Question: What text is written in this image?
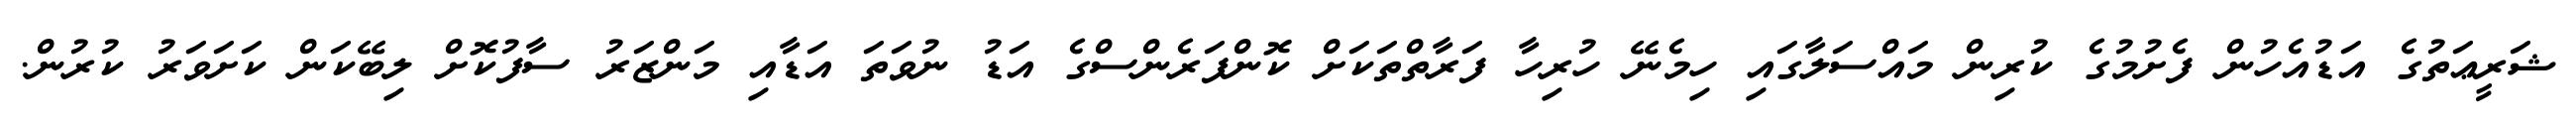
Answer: ޝަރީޢަތުގެ އަޑުއެހުން ފެށުމުގެ ކުރިން މައްސަލާގައި ހިމެނޭ ހުރިހާ ފަރާތްތަކަށް ކޮންފަރެންސްގެ އަޑު ނުވަތަ އަޑާއި މަންޒަރު ސާފުކޮށް ލިބޭކަން ކަށަވަރު ކުރުން.